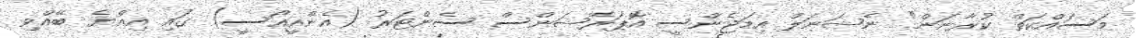
މަސައްކަތް ކުރާނަން" ނެޝަނަލް އިމަޖެންސީ އޮޕަރޭޝަންސް ސެންޓަރު (އެންއީއޯސީ) ގައި އިއްޔެ ބޭއްވި